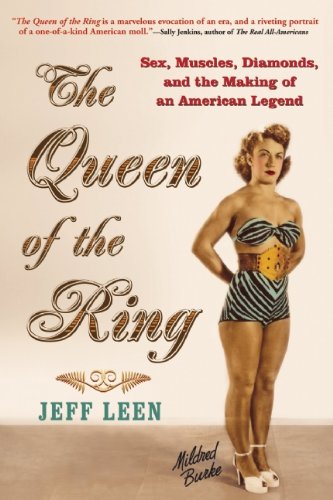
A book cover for The Queen of the Ring: Sex, Muscles, Diamonds, and the Making of an American Legend; Jeff Leen; Sports & Outdoors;